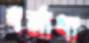
ধর্মাধ্য